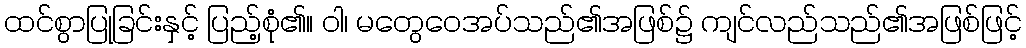
ထင်စွာပြုခြင်းနှင့် ပြည့်စုံ၏။ ဝါ၊ မတွေဝေအပ်သည်၏အဖြစ်၌ ကျင်လည်သည်၏အဖြစ်ဖြင့်